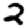
Digit: 2